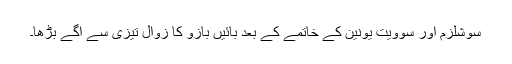
سوشلزم اور سوویت یونین کے خاتمے کے بعد بائیں بازو کا زوال تیزی سے آگے بڑھا۔